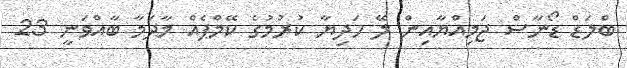
ބްލަޑް ޑޯނާސް ޖަމިއްޔާއިން ލޭ ހަދިޔާ ކުރުމުގެ ކޭމްޕެއް މާދަމާ ބާއްވަނީ 23